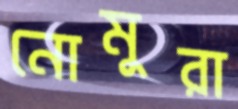
নোমুরা